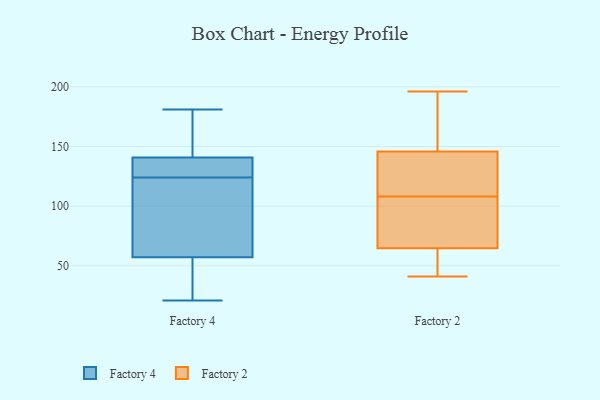
{"axis": {"x": "Population (Million)", "y": "Value"}, "legend": ["Factory 2", "Factory 4"], "data": [{"x": "", "y": 123, "type": "Factory 4"}, {"x": "", "y": 136, "type": "Factory 4"}, {"x": "", "y": 181, "type": "Factory 4"}, {"x": "", "y": 49, "type": "Factory 4"}, {"x": "", "y": 82, "type": "Factory 4"}, {"x": "", "y": 142, "type": "Factory 4"}, {"x": "", "y": 172, "type": "Factory 4"}, {"x": "", "y": 124, "type": "Factory 4"}, {"x": "", "y": 21, "type": "Factory 4"}, {"x": "", "y": 24, "type": "Factory 4"}, {"x": "", "y": 137, "type": "Factory 4"}, {"x": "", "y": 131, "type": "Factory 2"}, {"x": "", "y": 184, "type": "Factory 2"}, {"x": "", "y": 64, "type": "Factory 2"}, {"x": "", "y": 108, "type": "Factory 2"}, {"x": "", "y": 64, "type": "Factory 2"}, {"x": "", "y": 196, "type": "Factory 2"}, {"x": "", "y": 60, "type": "Factory 2"}, {"x": "", "y": 86, "type": "Factory 2"}, {"x": "", "y": 41, "type": "Factory 2"}, {"x": "", "y": 98, "type": "Factory 2"}, {"x": "", "y": 149, "type": "Factory 2"}, {"x": "", "y": 128, "type": "Factory 2"}, {"x": "", "y": 67, "type": "Factory 2"}, {"x": "", "y": 136, "type": "Factory 2"}, {"x": "", "y": 162, "type": "Factory 2"}]}